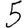
Digit: 5